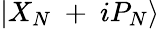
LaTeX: \left|{{X}_{N}}\mathrm{~+~}i{{P}_{N}}\right\rangle